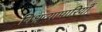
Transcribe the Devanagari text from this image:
विश्वव्यापारियों